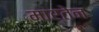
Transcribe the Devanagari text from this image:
मार्तेन